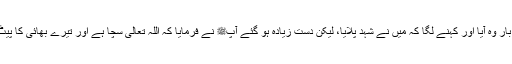
پھر چوتھی بار وہ آیا اور کہنے لگا کہ میں نے شہد پلایا، لیکن دست زیادہ ہو گئے آپﷺ نے فرمایا کہ اللہ تعالیٰ سچا ہے اور تیرے بھائی کا پیٹ جھوٹا ہے۔